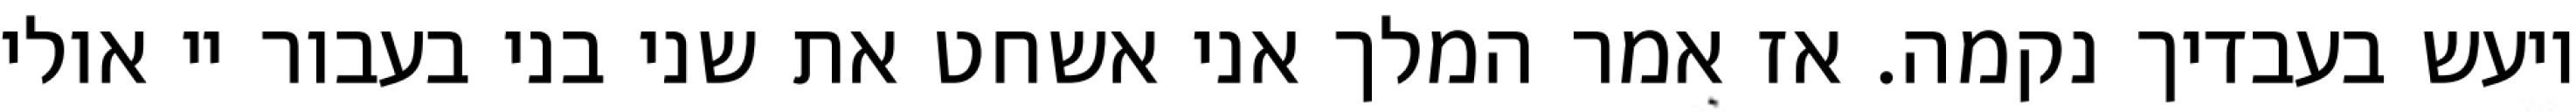
ויעש בעבדיך נקמה. אז אמר המלך אני אשחט את שני בני בעבור יי אולי